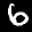
Label: 6